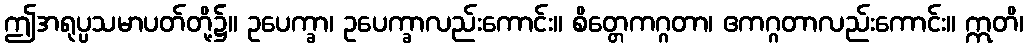
ဤအရုပ္ပသမာပတ်တို့၌။ ဥပေက္ခာ၊ ဥပေက္ခာလည်းကောင်း။ စိတ္တေကဂ္ဂတာ၊ ဧကဂ္ဂတာလည်းကောင်း။ ဣတိ၊